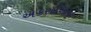
એકરાગિતા